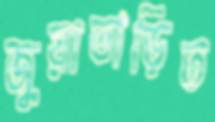
জুয়াতাড়িত